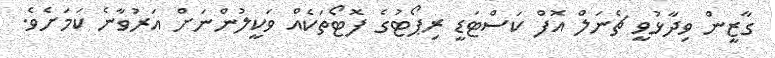
ގާޒީން ވިދާޅުވީ ޗެނަލް އޮފް ކަސްޓަޑީ ރިޕޯޓުގެ ފޮޓޯތަކެއް ވަކީލުންނަށް އަރުވާނެ ކަމަށެވެ.